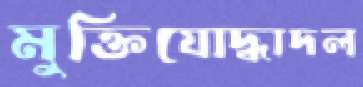
মুক্তিযোদ্ধাদল